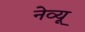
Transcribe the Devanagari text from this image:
नेव्यू